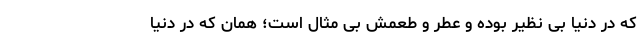
که در دنیا بی نظیر بوده و عطر و طعمش بی مثال است؛ همان که در دنیا